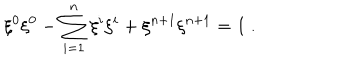
\xi ^ { 0 } \xi ^ { 0 } - \sum _ { i = 1 } ^ { n } \xi ^ { i } \xi ^ { i } + \xi ^ { n + 1 } \xi ^ { n + 1 } = 1 ~ .